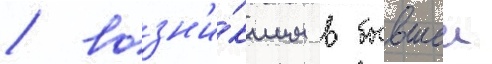
/ возн'и́кшим в бывшеи